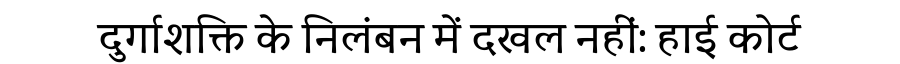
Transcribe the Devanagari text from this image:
दुर्गाशक्ति के निलंबन में दखल नहीं: हाई कोर्ट